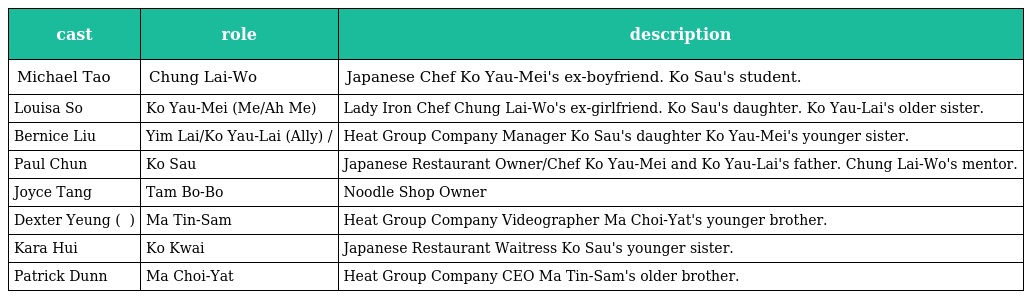
| cast | role | description |
 | --- | --- | --- |
 | Michael Tao | Chung Lai-Wo 鍾禮和 | Japanese Chef Ko Yau-Mei's ex-boyfriend. Ko Sau's student. |
 | Louisa So | Ko Yau-Mei (阿Me/Ah Me) 高柔美 | Lady Iron Chef Chung Lai-Wo's ex-girlfriend. Ko Sau's daughter. Ko Yau-Lai's older sister. |
 | Bernice Liu | Yim Lai/Ko Yau-Lai (Ally) 嚴麗/高柔麗 | Heat Group Company Manager Ko Sau's daughter Ko Yau-Mei's younger sister. |
 | Paul Chun | Ko Sau 高守 | Japanese Restaurant Owner/Chef Ko Yau-Mei and Ko Yau-Lai's father. Chung Lai-Wo's mentor. |
 | Joyce Tang | Tam Bo-Bo 譚寶寶 | Noodle Shop Owner |
 | Dexter Yeung ( 楊天經 ) | Ma Tin-Sam 馬田心 | Heat Group Company Videographer Ma Choi-Yat's younger brother. |
 | Kara Hui | Ko Kwai 高桂 | Japanese Restaurant Waitress Ko Sau's younger sister. |
 | Patrick Dunn | Ma Choi-Yat 馬賽一 | Heat Group Company CEO Ma Tin-Sam's older brother. |